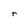
Character: r